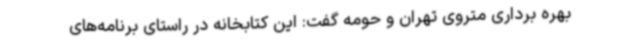
بهره برداری متروی تهران و حومه گفت: این کتابخانه در راستای برنامه‌های